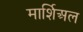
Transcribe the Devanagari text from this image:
मार्शिअल